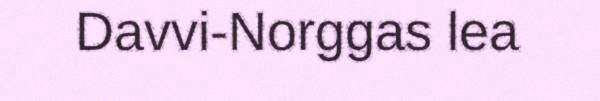
Davvi-Norggas lea